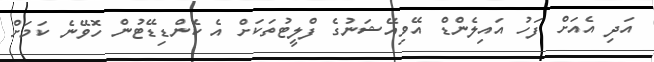
އަދި އެއަށް ފަހު އައިލެންޑް އޭވިއޭޝަނުގެ ފްލީޓުތަކަށް އެ ކެންޑިޑޭޓުން ހޮވޭނެ ކަމަށް